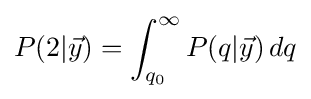
P(2|{\vec {y}})=\int _{q_{0}}^{\infty }P(q|{\vec {y}})\,dq